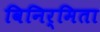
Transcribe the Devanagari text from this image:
विनिर्मिता